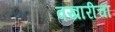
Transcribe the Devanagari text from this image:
वखारीचा